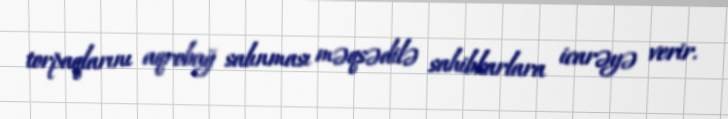
torpaqlarını aqrobağ salınması məqsədilə sahibkarlara icarəyə verir.